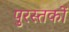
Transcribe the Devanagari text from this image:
पुरस्तकों